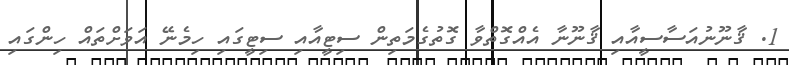
1. ޤާނޫނުއަސާސީއާއި ޤާނޫނާ އެއްގޮތްވާ ގޮތުގެމަތިން ސިޓީއާއި ސިޓީގައި ހިމެނޭ އަވަށްތައް ހިންގައި